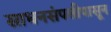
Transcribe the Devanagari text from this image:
साधनसंपत्तीपासून